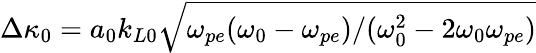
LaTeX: \Delta\kappa_{0}=a_{0}k_{L0}\sqrt{\omega_{pe}(\omega_{0}-\omega_{pe})/(\omega_{0}^{2}-2\omega_{0}\omega_{pe})}